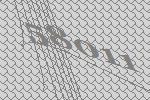
58011